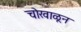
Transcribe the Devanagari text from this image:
चोखाळून